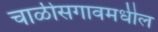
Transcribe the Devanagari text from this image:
चाळीसगावमधील